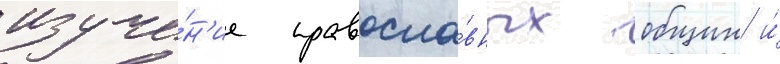
изуче́н'ие правосла́вных общин и́